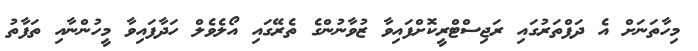
މިހާތަނަށް އެ ދަފްތަރުގައި ރަޖިސްޓްރީކޮށްފައިވާ ޒުވާނުންގެ ތެރޭގައި އޯލެވެލް ހަދާފައިވާ މީހުންނާއި ތަފާތު